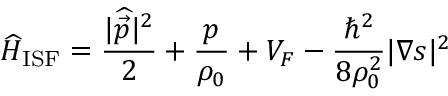
\widehat { H } _ { \mathrm { I S F } } = \frac { | \widehat { \vec { p } } | ^ { 2 } } { 2 } + \frac { p } { \rho _ { 0 } } + V _ { F } - \frac { \hbar ^ { 2 } } { 8 \rho _ { 0 } ^ { 2 } } | \boldsymbol { \nabla } \boldsymbol { s } | ^ { 2 }